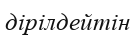
дірілдейтін